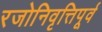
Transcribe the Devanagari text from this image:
रजोनिवृत्तिपूर्व